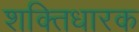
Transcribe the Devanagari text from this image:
शक्तिधारक